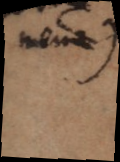
meme )